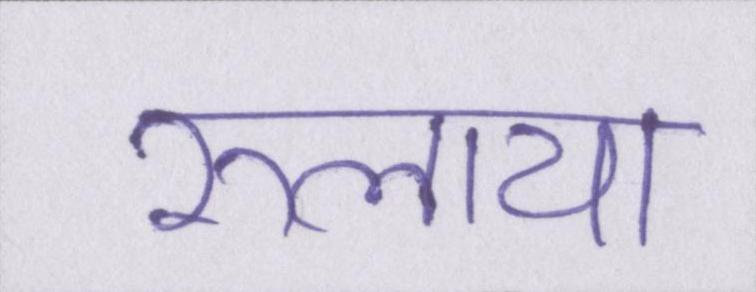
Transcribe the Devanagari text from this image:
रुलाया